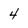
Character: 4